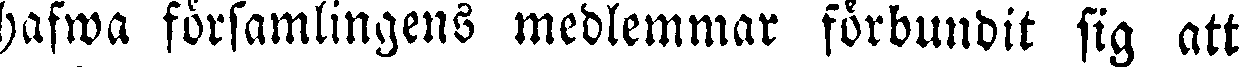
hafwa församlingens medlemmar förbundit sig att